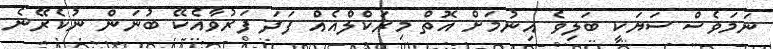
ނަމަވެސް ސަޔަކީ ބަލިވެ އިނުމަށް އޮތް މިރަކްލްއެއް ފަދަ ފަރުވާއެކޭ ބުނަން ނުކެރޭނެ